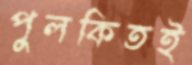
পুলকিতই